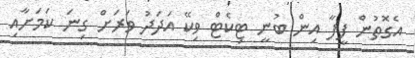
އެގޮތުން ފީފާ އިން ބުނީ ޓިކެޓް ވިކޭ އަދަދު ވަރަށް ގިނަ ކަމަށާއި